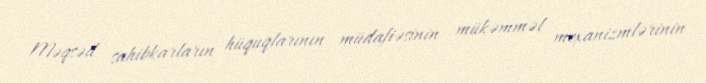
Məqsəd sahibkarların hüquqlarının müdafiəsinin mükəmməl mexanizmlərinin